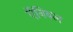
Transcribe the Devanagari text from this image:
ऍनिबल